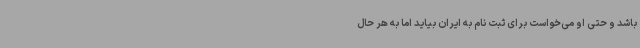
باشد و حتی او می‌خواست برای ثبت نام به ایران بیاید اما به هر حال